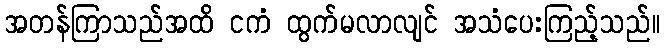
အတန်ကြာသည်အထိ ငကံ ထွက်မလာလျင် အသံပေးကြည့်သည်။